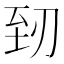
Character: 䑒